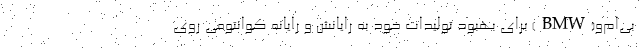
بی‌ام‌و(BMW) برای بهبود تولیدات خود به رایانش و رایانه کوانتومی روی